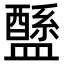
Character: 𥃄